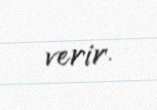
verir.